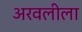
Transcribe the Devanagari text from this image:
अरवलीला